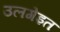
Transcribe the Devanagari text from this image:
उलगेइत